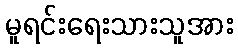
မူရင်းရေးသားသူအား